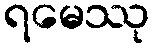
ရမေဿု